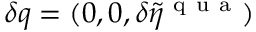
\delta q = ( 0 , 0 , \delta \tilde { \eta } ^ { \mathrm { ~ q ~ u ~ a ~ } } )